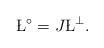
LaTeX: \begin{align*}\L^\circ = J \L^\perp.\end{align*}